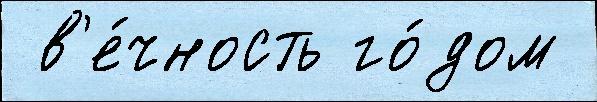
 в'е́чность го́дом